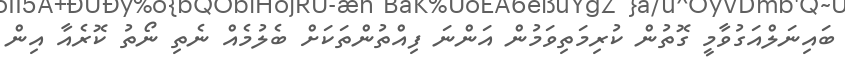
ބައިނަލްއަގުވާމީ ގޮތުން ކުރިމަތިވަމުން އަންނަ ފިއްތުންތަކަށް ބެލުމެއް ނެތި ނޯތު ކޮރެއާ އިން